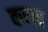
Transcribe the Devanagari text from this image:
कणप